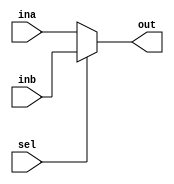
`timescale 1ns / 1ps

//////////////////////////////////////////MUX_2_1_MODULE/////////////////////////////////////////////////////
module mux2_1(input [31:0] ina, inb,
              input sel, 
              output reg [31:0] out);
    always @(*)
        out = sel ? inb : ina;
endmodule
//////////////////////////////////////////////////////////////////////////////////////////////////////////////

//////////////////////////////////////////MUX_4_1_MODULE/////////////////////////////////////////////////////
module mux4_1(input [31:0] ina, inb, inc, ind,
              input [1:0]sel, 
              output reg [31:0] out);
    always @(*) begin
        case(sel)
            2'b00 : out = ina;
            2'b01 : out = inb;
            2'b10 : out = inc;
            2'b11 : out = ind;
        endcase
    end
endmodule
//////////////////////////////////////////////////////////////////////////////////////////////////////////////


/////////////////////////////////////////PC_MODULE///////////////////////////////////////////////////////////////
module PC(input clk, res, write, 
          input [31:0] in, 
          output reg [31:0] out);
   always@(posedge clk) begin
     if(res == 1)
        out = 0;
     else if (write == 1) 
        out = in;
   end
endmodule
//////////////////////////////////////////////////////////////////////////////////////////////////////////////

///////////////////////////////////////INSTRUCTION_MEMORY/////////////////////////////////////////////////////
module instruction_memory(input [9:0] address, 
                          output reg[31:0] instruction);
  reg [31:0] codeMemory [0:1023];
  initial $readmemh("code.mem", codeMemory);
  always @(*)
    instruction = codeMemory[address];
endmodule
//////////////////////////////////////////////////////////////////////////////////////////////////////////////

////////////////////////////////////////////ADDER_MODULE//////////////////////////////////////////////////////
module adder(input [31:0] ina, inb, 
             output reg[31:0] out);
    always @(*)
        out = ina + inb;
endmodule
//////////////////////////////////////////////////////////////////////////////////////////////////////////////

//////////////////////////////////////////////IF//////////////////////////////////////////////////////////////
module IF (input clk, reset, PCSrc, PC_write, 
           input [31:0] PC_Branch, 
           output [31:0] PC_IF, INSTRUCTION_IF);
    wire [31:0]res_adder, res_mux;
    adder add(4, PC_IF, res_adder);
    mux2_1 mux(res_adder, PC_Branch, PCSrc, res_mux);
    PC pc(clk, reset, PC_write, res_mux, PC_IF);
    instruction_memory instr(PC_IF[11:2], INSTRUCTION_IF);
endmodule
//////////////////////////////////////////////////////////////////////////////////////////////////////////////